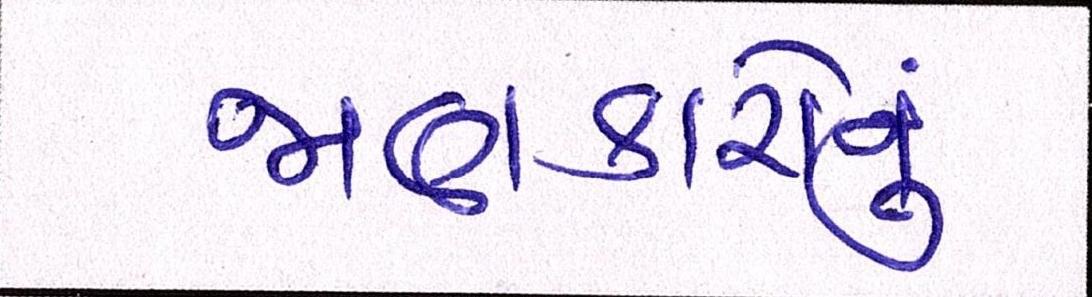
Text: જાણકારોનું